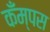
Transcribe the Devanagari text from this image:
कँम्पस